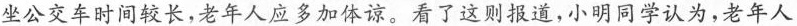
坐公交车时间较长，老年人应多加体谅。看了这则报道，小明同学认为，老年人